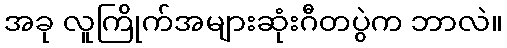
အခု လူကြိုက်အများဆုံးဂီတပွဲက ဘာလဲ။